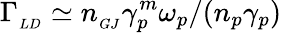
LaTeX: \Gamma_{_{LD}}\simeq n_{_{GJ}}\gamma_{p}^{m}\omega_{p}/(n_{p}\gamma_{p})